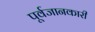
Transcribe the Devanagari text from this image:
पूर्वजानकारी